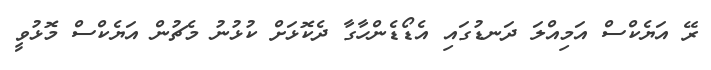
ރޭ އަޔެކްސް އަމިއްލަ ދަނޑުގައި އެޑޯޑެންހާގާ ދެކޮޅަށް ކުޅުނު މެޗުން އަޔެކްސް މޮޅުވީ